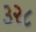
૩૨૮